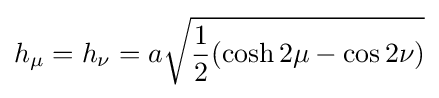
h_{\mu }=h_{\nu }=a{\sqrt {{\frac {1}{2}}(\cosh 2\mu -\cos 2\nu )}}